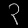
Digit: ၃